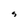
Character: s